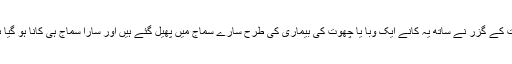
وقت کے گزر نے ساتھ یہ کانے ایک وبا یا چھوت کی بیماری کی طرح سارے سماج میں پھیل گئے ہیں اور سارا سماج ہی کانا ہو گیا ہے۔